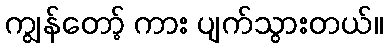
ကျွန်တော့် ကား ပျက်သွားတယ်။